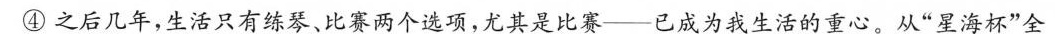
④之后几年，生活只有练琴、比赛两个选项，尤其是比赛--已成为我生活的重心。从”星海杯”全